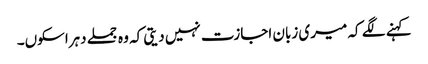
کہنے لگے کہ میری زبان اجازت نہیں دیتی کہ وہ جملے دہراسکوں۔